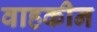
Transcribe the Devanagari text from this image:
वाहकीन